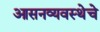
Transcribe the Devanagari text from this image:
आसनव्यवस्थेचे